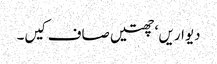
دیواریں ‘ چھتیں صاف کیں۔